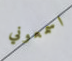
اسمعوني